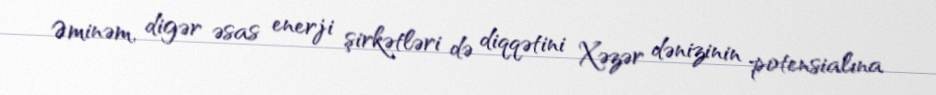
Əminəm, digər əsas enerji şirkətləri də diqqətini Xəzər dənizinin potensialına